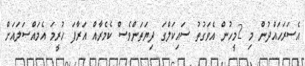
އެސަރަހައްދުން މި 2މީހުން އެވަގުތު ސައިކަލްގަ ދިޔަތަންވެސް ކެމެރާއް އަރާފަ ހުރީމަ އެމައްސަލައަށް